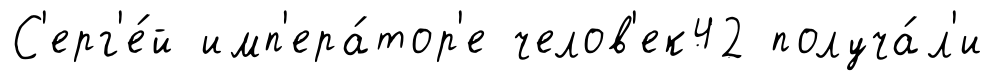
С'ерг'е́й имп'ера́тор'е челов'ек42 получа́л'и